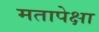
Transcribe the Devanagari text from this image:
मतापेक्षा